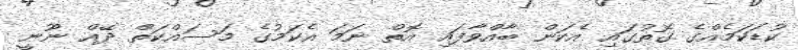
ކުޑަކަމެއްގެ ގޮތުގައި އެކަން ބާއްވާފައި އޮތް ނަމަ އެކަމުގެ މަސައްކަތް ދޭއް ނޫނީ